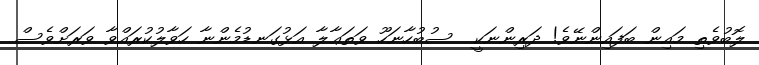
ލޮބުވެތި މައިން ބަފައިންނޭވެ! ދަރިންނަކީ  ސުބުހާނަހޫ ވަތަޢާލާ އަޅުގަނޑުމެންނާ ހަވާލުކުރައްވާ ވަރަށްވެސް